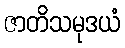
ဇာတိသမုဒယံ